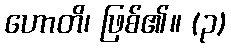
ဟောတိ၊ ဖြစ်၏။ (၃)